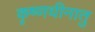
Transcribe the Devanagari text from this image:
कृष्णधीनातु